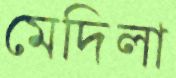
মেদিলা